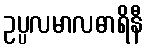
ဥပ္ပလမာလဓာရိနီ